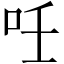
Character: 𠰃